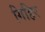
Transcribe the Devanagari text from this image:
गिहिर